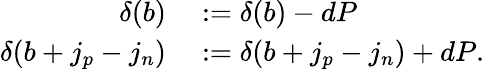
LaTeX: \begin{array}{rl}{\delta(b)}&{{}:=\delta(b)-dP}\\ {\delta(b+j_{p}-j_{n})}&{{}:=\delta(b+j_{p}-j_{n})+dP.}\end{array}